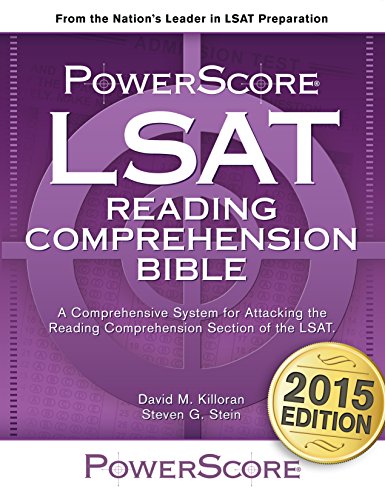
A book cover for The PowerScore LSAT Reading Comprehension Bible (PowerScore LSAT Bible) (PowerScore LSAT Bible Series); David M. Killoran; Test Preparation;